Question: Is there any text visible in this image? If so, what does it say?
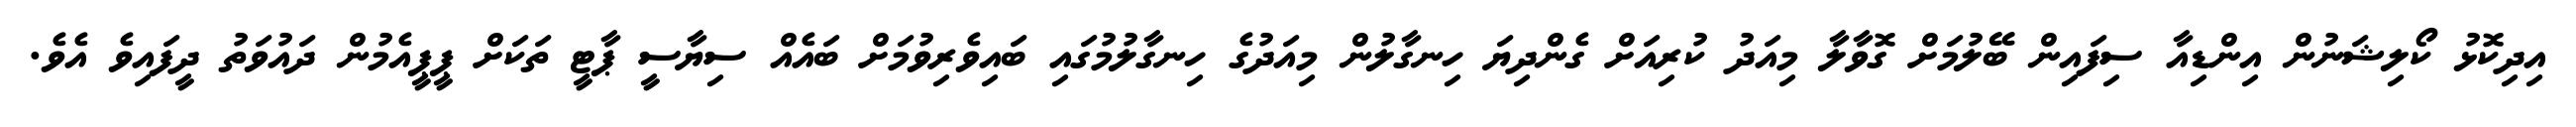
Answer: އިދިކޮޅު ކޯލިޝަނުން އިންޑިއާ ސިފައިން ބޭލުމަށް ގޮވާލާ މިއަދު ކުރިއަށް ގެންދިޔަ ހިނގާލުން މިއަދުގެ ހިނގާލުމުގައި ބައިވެރިވުމަށް ބައެއް ސިޔާސީ ޕާޓީ ތަކަށް ޕީޕީއެމުން ދައުވަތު ދީފައިވެ އެވެ.